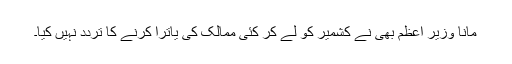
مانا وزیر اعظم بھی نے کشمیر کو لے کر کئی ممالک کی یاترا کرنے کا تردد نہیں کیا۔